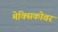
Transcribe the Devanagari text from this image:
मेक्सिकोवर